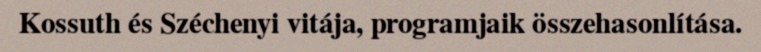
Kossuth és Széchenyi vitája, programjaik összehasonlítása.